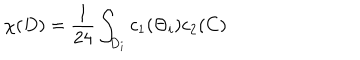
LaTeX: \chi ( D ) = \frac { 1 } { 2 4 } \int _ { D _ { i } } c _ { 1 } ( \Theta _ { i } ) c _ { 2 } ( C )